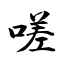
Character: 嗟